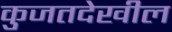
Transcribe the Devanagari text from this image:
कुजतदेखील